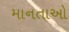
માનતાઓ